Indian journal of veterinary science and animal husbandry - Volumes 18-21, 1948-1951
Year: 1948
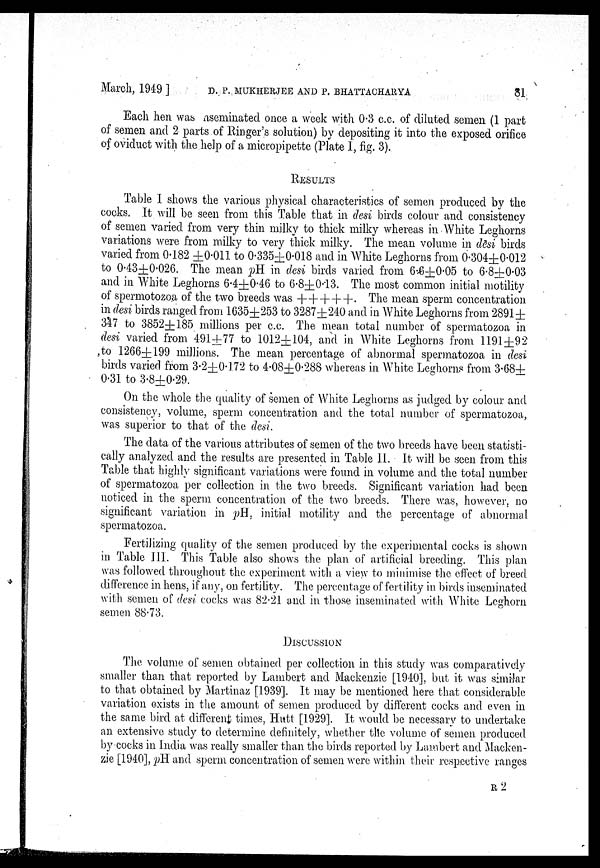
March, 1949]
D.
P.
MUKHERJEE
AND
P.
BHATTACHARYA
81
Each hen was inseminated once a week with 0.3 c.c. of diluted semen (1 part
of semen and 2 parts of Ringer's solution) by depositing it into the exposed orifice
of oviduct with the help of a micropipette (Plate I, fig. 3).
RESULTS
Table I shows the various physical characteristics of semen produced by the
cocks. It will be seen from this Table that in desi birds colour and consistency
of semen varied from very thin milky to thick milky whereas in White Leghorns
variations were from milky to very thick milky. The mean volume in desi birds
varied from 0.182 ±0.011 to 0.335±0.018 and in White Leghorns from 0.304±0.012
to 0.43±0.026. The mean pH in desi birds varied from 6.6±0.05 to 6.8±0.03
and in White Leghorns 6.4±0.46 to 6.8±0.13. The most common initial motility
of spermotozoa of the two breeds was +++++. The mean sperm concentration
in desi birds ranged from 1635±253 to 3287±240 and in White Leghorns from 2891±
347 to 3852±185 millions per c.c. The mean total number of spermatozoa in
desi varied from 491±77 to 1012±104, and in White Leghorns from 1191±92
to 1266±199 millions. The mean percentage of abnormal spermatozoa in desi
birds varied from 3.2±0.172 to 4.08±0.288 whereas in White Leghorns from 3.68±
0.31 to 3.8±0.29.
On the whole the quality of semen of White Leghorns as judged by colour and
consistency, volume, sperm concentration and the total number of spermatozoa,
was superior to that of the desi.
The data of the various attributes of semen of the two breeds have been statisti-
cally analyzed and the results are presented in Table II. It will be seen from this
Table that highly significant variations were found in volume and the total number
of spermatozoa per collection in the two breeds. Significant variation had been
noticed in the sperm concentration of the two breeds. There was, however, no
significant variation in pH, initial motility and the percentage of abnormal
spermatozoa.
Fertilizing quality of the semen produced by the experimental cocks is shown
in Table III. This Table also shows the plan of artificial breeding. This plan
was followed throughout the experiment with a view to minimise the effect of breed
difference in hens, if any, on fertility. The percentage of fertility in birds inseminated
with semen of desi cocks was 82.21 and in those inseminated with White Leghorn
semen 88.73.
DISCUSSION
The volume of semen obtained per collection in this study was comparatively
smaller than that reported by Lambert and Mackenzie [1940], but it was similar
to that obtained by Martinaz [1939]. It may be mentioned here that considerable
variation exists in the amount of semen produced by different cocks and even in
the same bird at different times, Hutt [1929]. It would be necessary to undertake
an extensive study to determine definitely, whether the volume of semen produced
by cocks in India was really smaller than the birds reported by Lambert and Macken-
zie [1940], pH and sperm concentration of semen were within their respective ranges
R 2